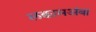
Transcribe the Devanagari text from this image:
लक्कामअंबा